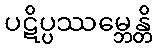
ပဋိပ္ပဿမ္ဘေန္တိ